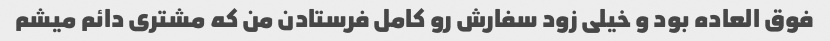
فوق العاده بود و خیلی زود سفارش رو کامل فرستادن من که مشتری دائم میشم